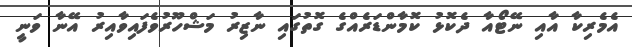
އެމެރިކާ އާއި ނޭޓޯއާ ދެކޮޅު ކޮމާންޑަރެއްގެ ގޮތުގައި ނާޒިރު މަޝްހޫރުވެފައިވާއިރު އޭނާ ވަނީ